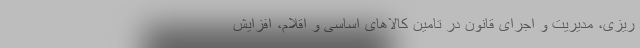
ریزی، مدیریت و اجرای قانون در تامین کالاهای اساسی و اقلام، افزایش